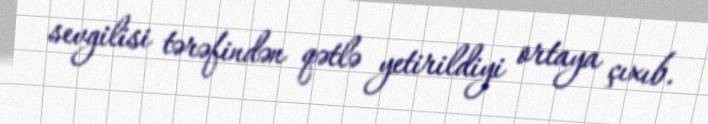
sevgilisi tərəfindən qətlə yetirildiyi ortaya çıxıb.